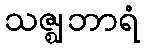
သဇ္ဈဘာရံ